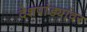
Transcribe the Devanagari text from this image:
देशपांड्यांवर